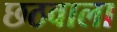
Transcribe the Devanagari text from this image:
छठवाला